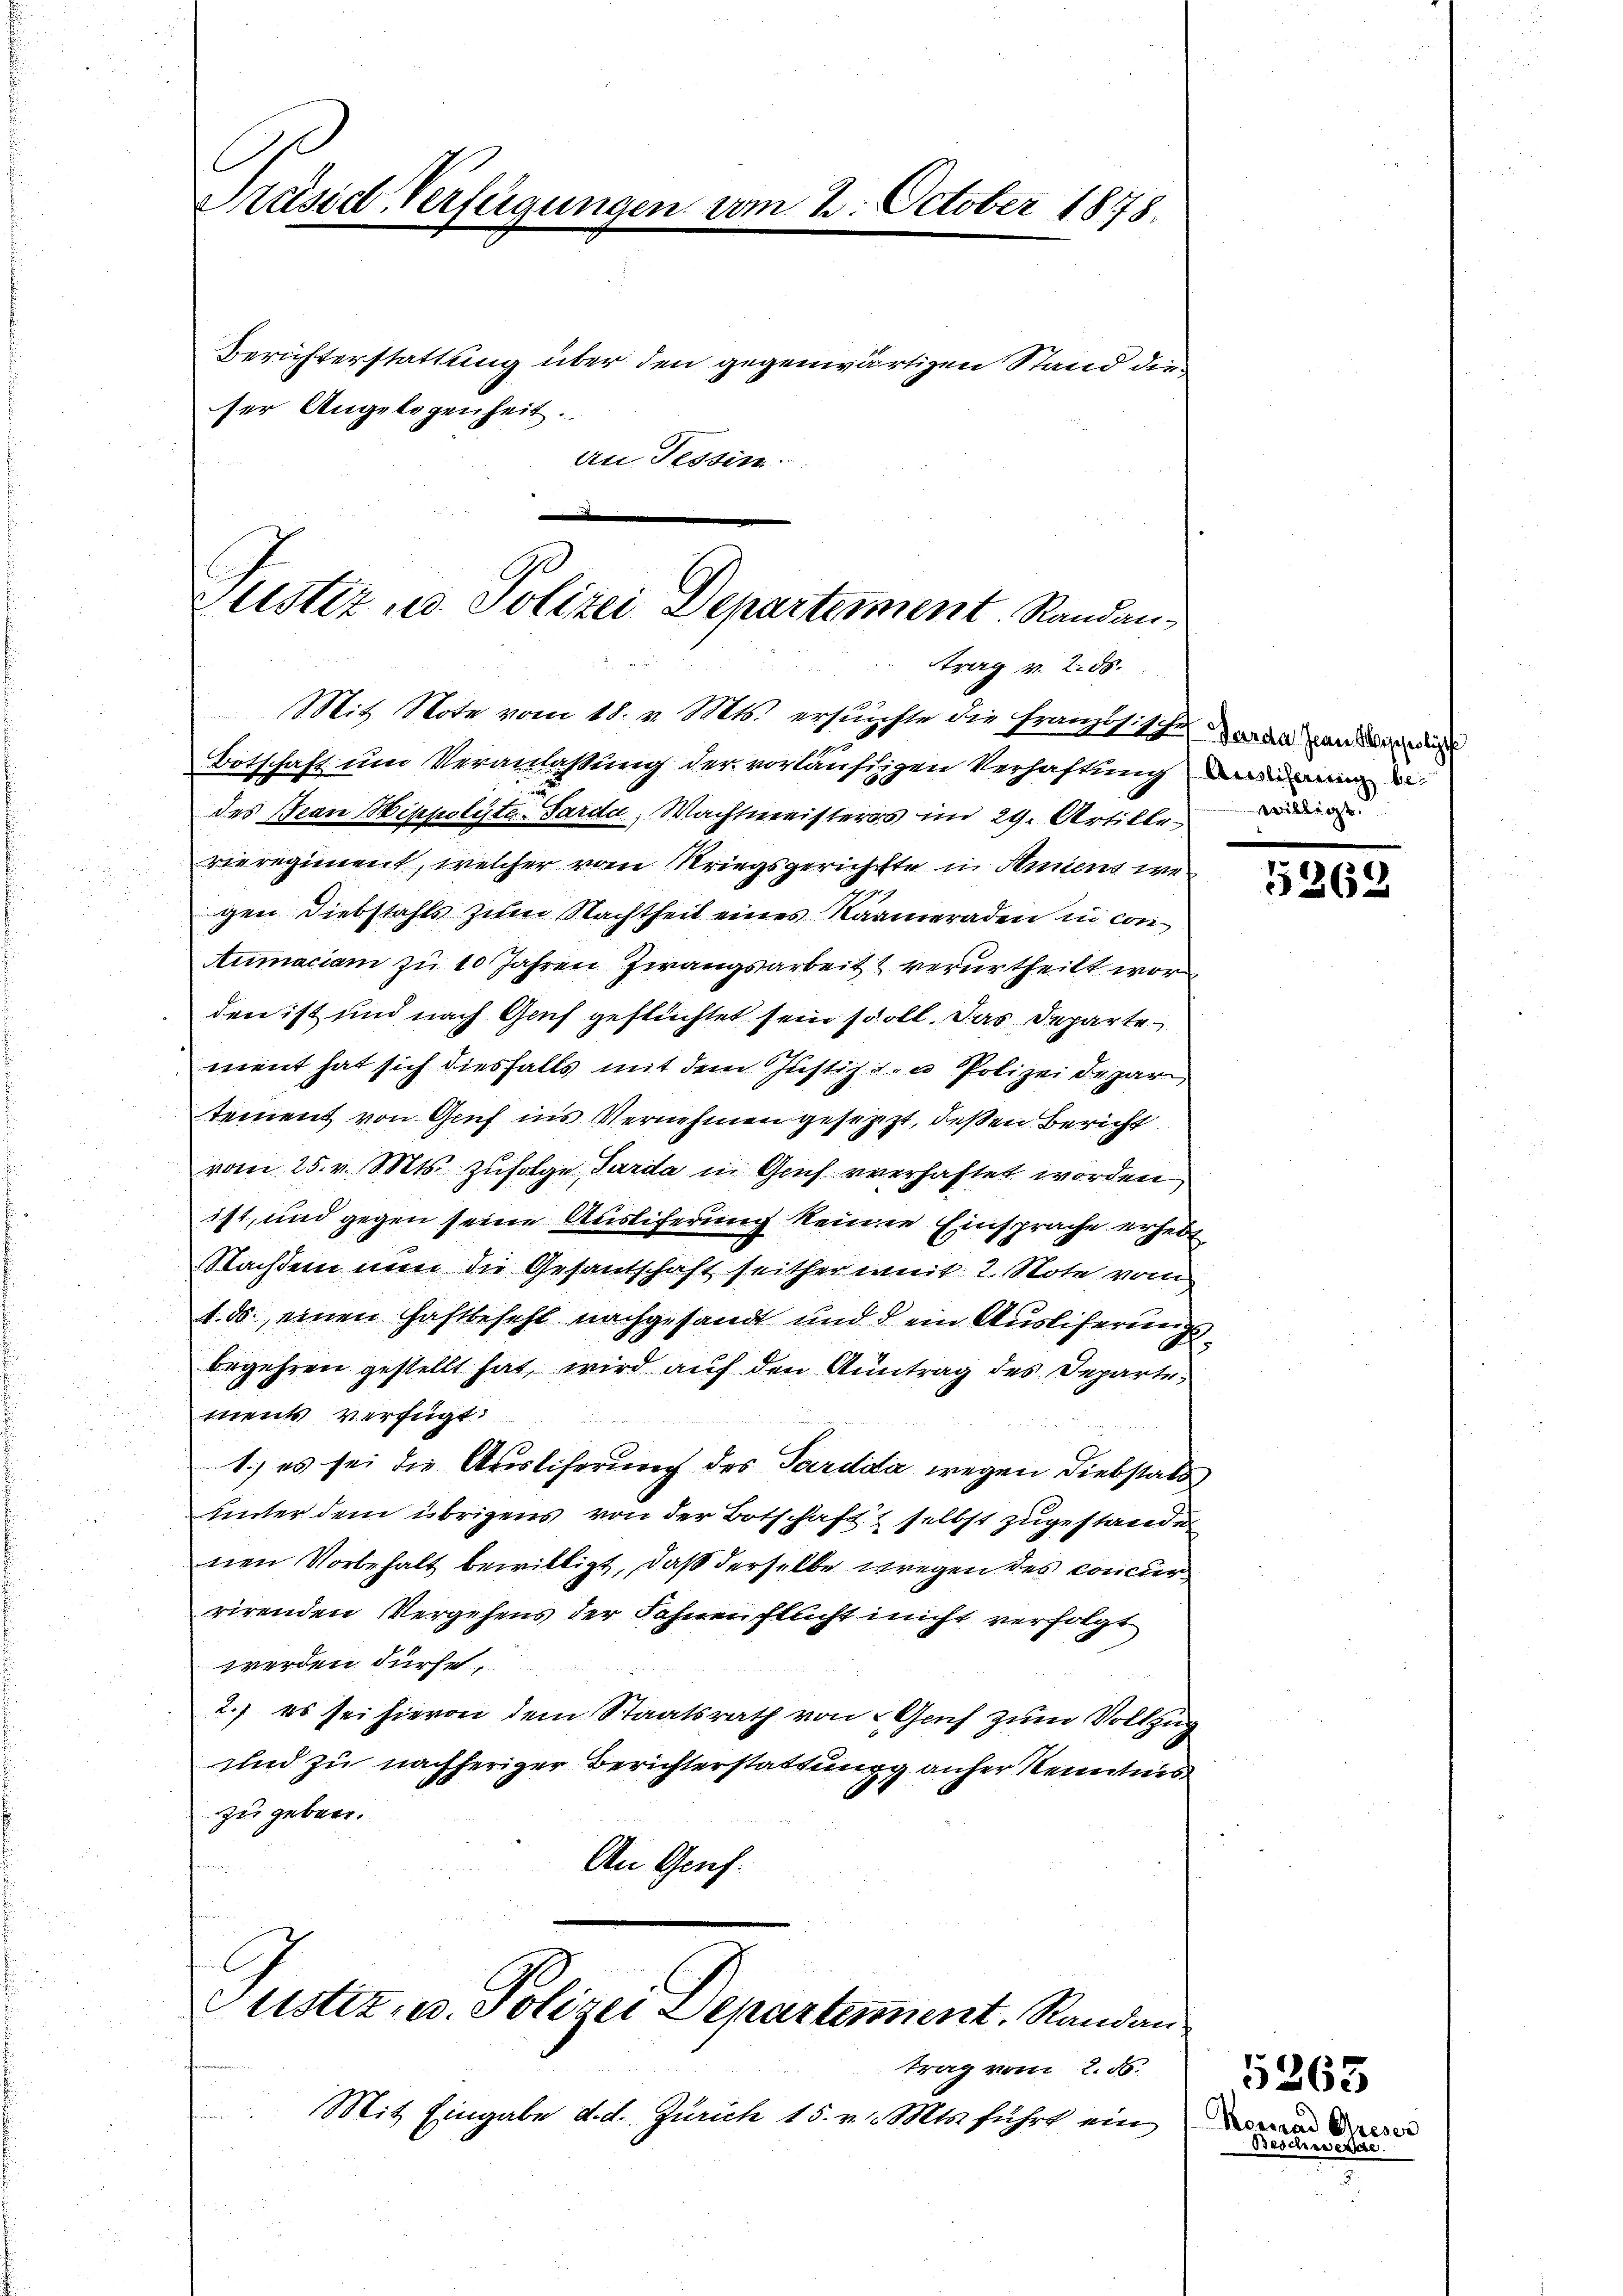
Präsid-Verfügungen vom 2. October 1818.
Berichterstattung über den gegenwärtigen Stand dieser Angelegenheit.
an Tessin

2
Puster u. Polizei Departement. Randantrag v. 2. 58.
Mit Note vom 18. v. Mts. ersuchte die Französische war ande

Botschaft und Veranlaßung der vorläufigen Verhaftung die
des Bean Hippolyte-Sarda, Wachtmeisters im 29. Artille die
vieregiment, welcher vom Kriegsgerichtte in Ariens we
gen Diebstahls zum Nachtheit eines Kameraden in con¬
Aumaciam zu 10 Jahren Zwangsarbeit & verurtheilt wor
den ist und nach Genf gestüchtet sein soll. Das Departement hat sich diesfalls mit dem Justiz- u Polizei depar
tement von Genf ins Vernehmen gesetzt, deßen Bericht
vom 25. v. Mts. zufolge, Sarda in Gech verhaftet worden
ist, und gegen seine Ausliferung keinen Einsprache erhebt
Nachdem nun die Gesantschaft seither mit 2. Note vom
1. ds., einen Haftbefehl nachgesandt und d ein Ausliferung,
.
begehren gestellt hat, wird auf den Antrag des Departement verfügt:
1.) es sei die Auslicherung des Pardia wegen Diebstalt
Unter dem übrigens von der Botschaft & selbst zugestanden
nen Vorbehalt bewilligt, daß derselbe wegen des Concierrirenden Vergehens der Fahnen flucht nicht verfolgt
werden dürfe.
2.) es sei hievon dem Staatsrath von Genf zum Vollzug
und zu nachheriger Berichterstattungg anher Kenntnis
zu geben.
An Genf.

Justiz- u. Polizei Departement. Randan

Mit Eingabe d. d. Zürich 15. v. Mts. führt ein

trag vom 2. ds.

5262

Konrad Greser
Beschwere

5265